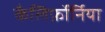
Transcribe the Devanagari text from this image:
कैलिर्फ़ोर्निया